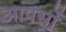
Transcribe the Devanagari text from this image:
आपसों